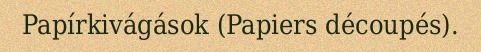
Papírkivágások (Papiers découpés).